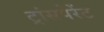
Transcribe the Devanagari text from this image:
ट्रांसपेरेंट